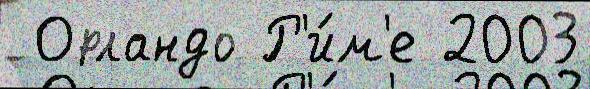
 Орландо Р'и́м'е 2003